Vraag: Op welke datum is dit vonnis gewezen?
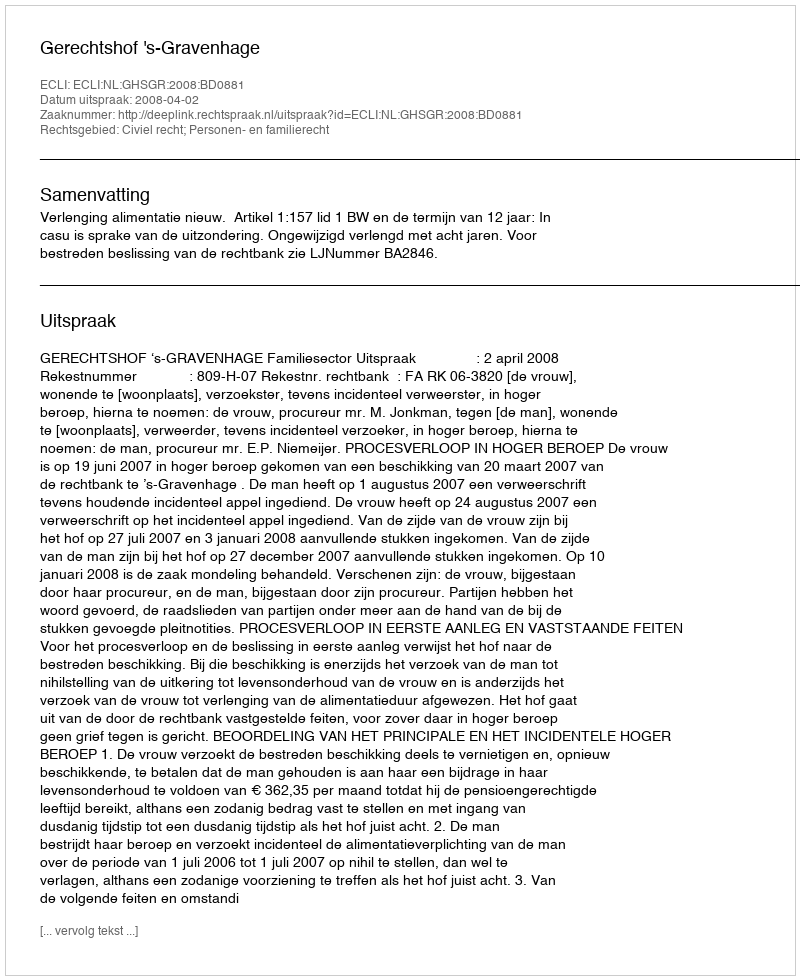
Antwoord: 2008-04-02